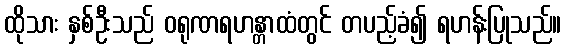
ထိုသား နှစ်ဦးသည် ဝရုဏရဟန္တာထံတွင် တပည့်ခံ၍ ရဟန်းပြုသည်။